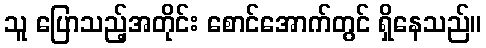
သူ ပြောသည့်အတိုင်း စောင်အောက်တွင် ရှိနေသည်။